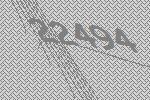
22494